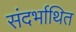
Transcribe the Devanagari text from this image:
संदर्भाथित